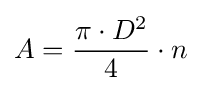
A={\frac {\pi \cdot D^{2}}{4}}\cdot n